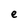
Character: e